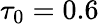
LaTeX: \tau_{0}=0.6